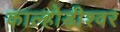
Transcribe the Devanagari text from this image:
काल्होडीश्वर